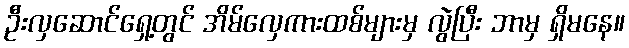
ဦးလှဆောင်ရှေ့တွင် အိမ်လှေကားထစ်များမှ လွဲပြီး ဘာမှ ရှိမနေ။